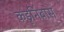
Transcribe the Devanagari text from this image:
कडूनिंबास